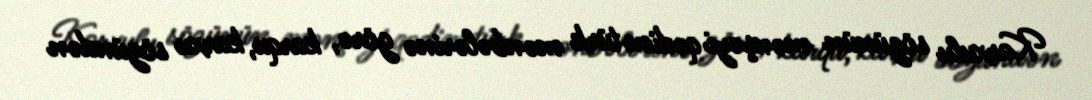
Karxulu sözünün mənşəyi qədim türk mənbələrinə görə, karqu, karxu sözündən